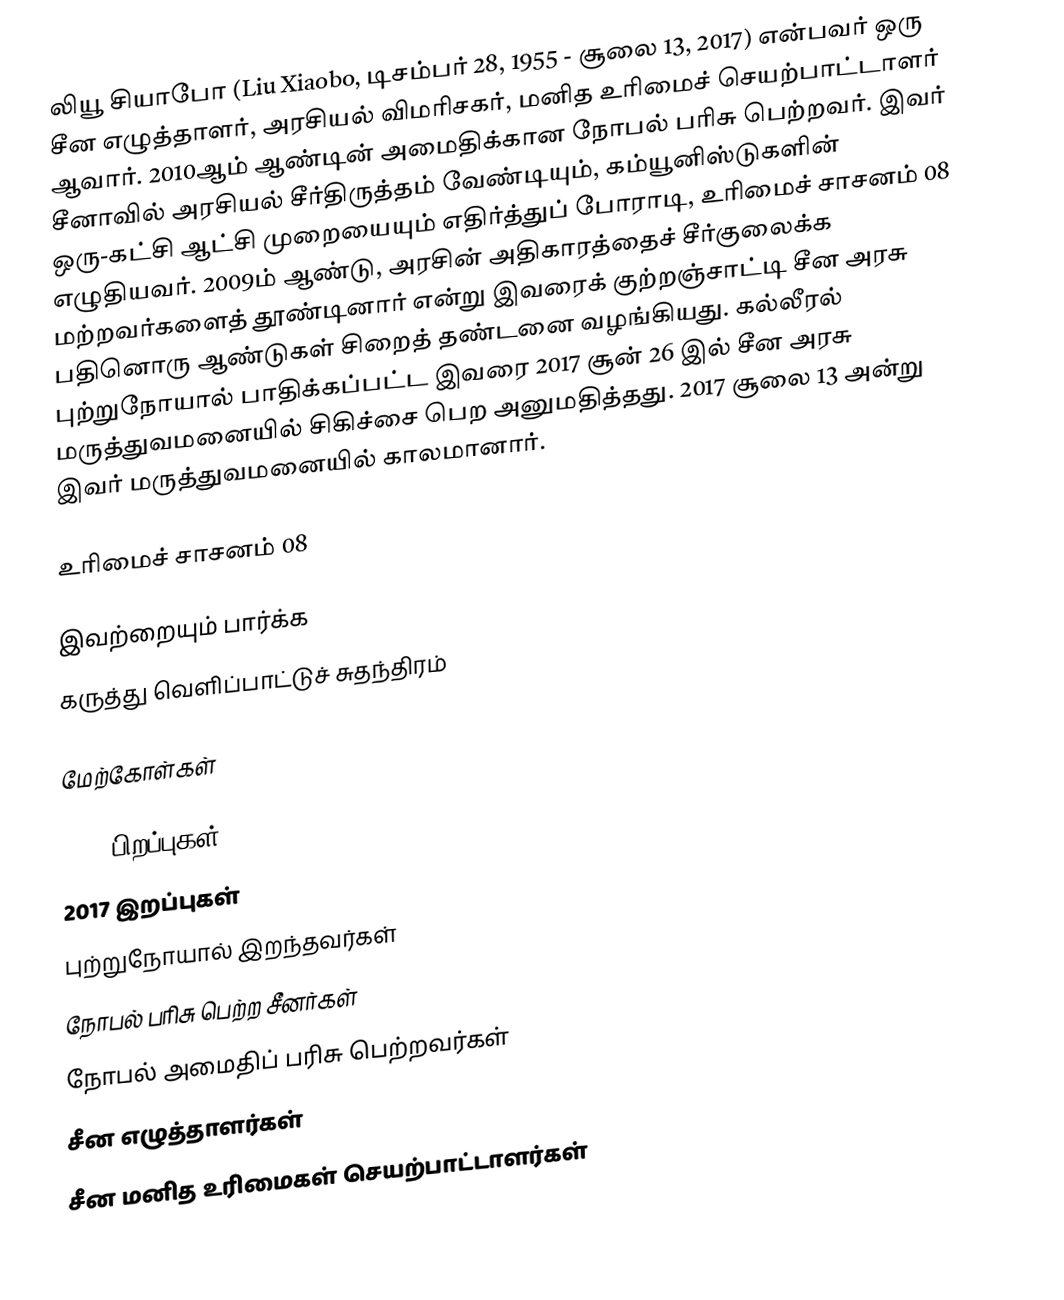
லியூ சியாபோ (Liu Xiaobo, டிசம்பர் 28, 1955 - சூலை 13, 2017) என்பவர் ஒரு சீன எழுத்தாளர், அரசியல் விமரிசகர், மனித உரிமைச் செயற்பாட்டாளர் ஆவார். 2010ஆம் ஆண்டின் அமைதிக்கான நோபல் பரிசு பெற்றவர். இவர் சீனாவில் அரசியல் சீர்திருத்தம் வேண்டியும், கம்யூனிஸ்டுகளின் ஒரு-கட்சி ஆட்சி முறையையும் எதிர்த்துப் போராடி, உரிமைச் சாசனம் 08 எழுதியவர். 2009ம் ஆண்டு, அரசின் அதிகாரத்தைச் சீர்குலைக்க மற்றவர்களைத் தூண்டினார் என்று இவரைக் குற்றஞ்சாட்டி சீன அரசு பதினொரு ஆண்டுகள் சிறைத் தண்டனை வழங்கியது. கல்லீரல் புற்றுநோயால் பாதிக்கப்பட்ட இவரை 2017 சூன் 26 இல் சீன அரசு மருத்துவமனையில் சிகிச்சை பெற அனுமதித்தது. 2017 சூலை 13 அன்று இவர் மருத்துவமனையில் காலமானார்.

உரிமைச் சாசனம் 08

இவற்றையும் பார்க்க
 கருத்து வெளிப்பாட்டுச் சுதந்திரம்

மேற்கோள்கள்

1955 பிறப்புகள்
2017 இறப்புகள்
புற்றுநோயால் இறந்தவர்கள்
நோபல் பரிசு பெற்ற சீனர்கள்
நோபல் அமைதிப் பரிசு பெற்றவர்கள்
சீன எழுத்தாளர்கள்
சீன மனித உரிமைகள் செயற்பாட்டாளர்கள்